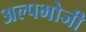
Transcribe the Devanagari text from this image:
अल्पभोजी